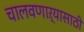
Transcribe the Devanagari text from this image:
चालवणाऱ्यासाठी